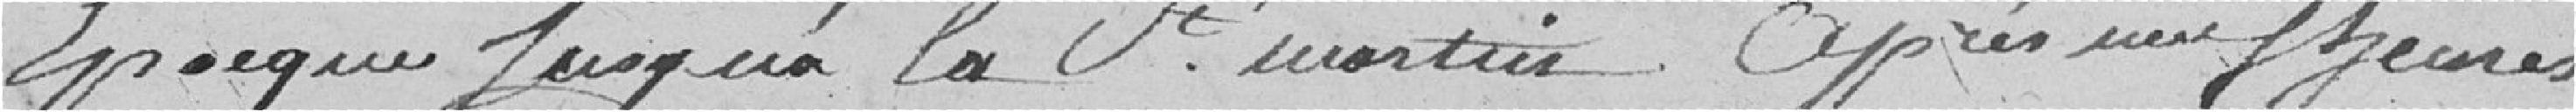
époque jusqu'à la St Martin après neuf heures